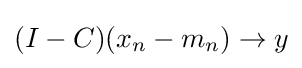
{\textstyle (I-C)(x_{n}-m_{n})\to y}